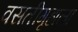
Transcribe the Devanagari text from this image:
वसतीगृहाला